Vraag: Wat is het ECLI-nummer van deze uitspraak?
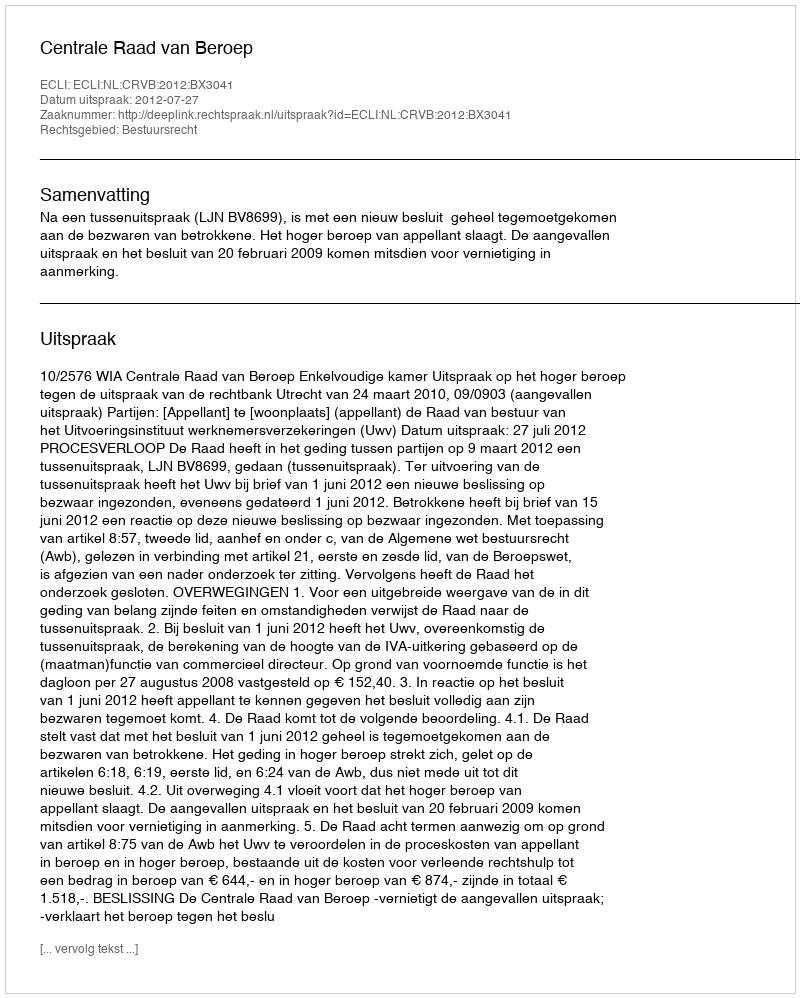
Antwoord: ECLI:NL:CRVB:2012:BX3041